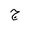
Letter: _gim